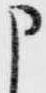
申